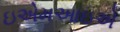
ઇએમઆઇએ